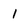
Character: 1